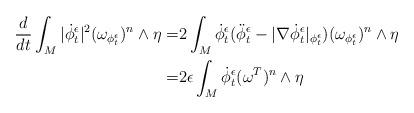
LaTeX: \begin{align*}\frac{d}{dt}\int_M |\dot\phi^\epsilon_t|^2 (\omega_{\phi^\epsilon_t})^n\wedge \eta=&2\int_M \dot \phi^\epsilon_t (\ddot \phi^\epsilon_t-|\nabla \dot\phi^\epsilon_t|_{\phi_t^\epsilon}) (\omega_{\phi^\epsilon_t})^n\wedge \eta\\=&2\epsilon \int_M \dot\phi^\epsilon_t (\omega^T)^n\wedge \eta\end{align*}